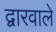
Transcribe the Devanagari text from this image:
द्वारवाले